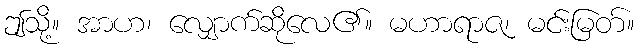
ဤသို့။ အာဟ၊ လျှောက်ဆိုလေ၏။ မဟာရာဇ၊ မင်းမြတ်။